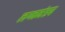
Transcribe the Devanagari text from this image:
लग्नमंडप